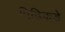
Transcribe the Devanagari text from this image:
पिढिकडे